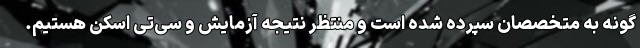
گونه به متخصصان سپرده شده است و منتظر نتیجه آزمایش و سی‌تی اسکن هستیم.